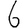
Digit: 6